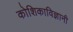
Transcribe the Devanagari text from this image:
कोशिकाविज्ञानी